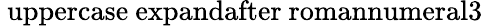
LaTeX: \mathrm{{\ uppercase\ expandafter{\ romannumeral3}}}